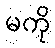
မကို